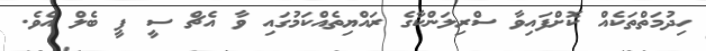
ހިދުމަތްތަކެއް ކޮށްފައިވާ ސްރިލަންކާގެ ރައްޔިތެއްކަމުގައި ވާ އެޗް ސީ ޕީ ބެލް އެވެ.